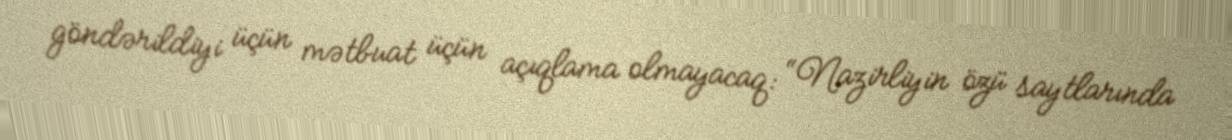
göndərildiyi üçün mətbuat üçün açıqlama olmayacaq: “Nazirliyin özü saytlarında